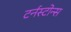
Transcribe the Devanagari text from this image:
टर्नस्टोन्स